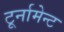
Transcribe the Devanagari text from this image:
टूर्नामेन्ट